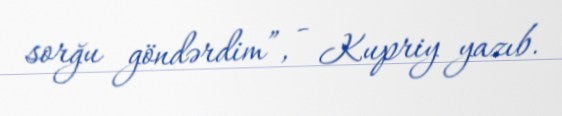
sorğu göndərdim”, - Kupriy yazıb.